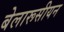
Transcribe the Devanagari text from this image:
बेलारूसीयन